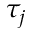
\tau _ { j }